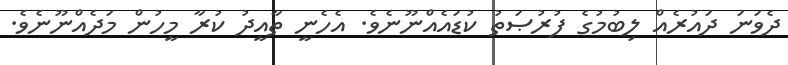
ދެވަނަ ދައުރެއް ލިބުމުގެ ފުރުޞަތު ކުޑައެއްނޫނެވެ. އެހެނީ ތާއީދު ކުރާ މީހުން މަދެއްނޫނެވެ.